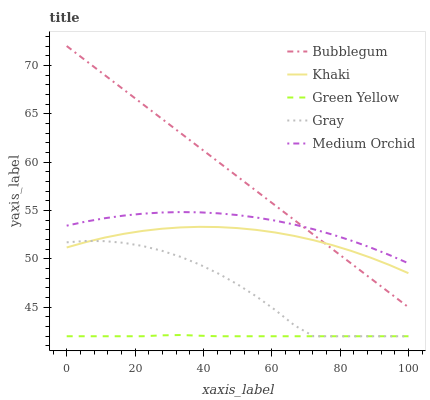
| xaxis_label | Bubblegum | Khaki | Green Yellow | Gray | Medium Orchid |
 | --- | --- | --- | --- | --- | --- |
 | 0 | 72 | 51.2 | 42 | 51.7 | 53.4 |
 | 5.56 | 70.5 | 51.7 | 42 | 51.8 | 53.9 |
 | 11.1 | 69 | 52.2 | 42 | 51.8 | 54.2 |
 | 16.7 | 67.5 | 52.6 | 42 | 51.7 | 54.5 |
 | 22.2 | 66 | 52.9 | 42 | 51.3 | 54.7 |
 | 27.8 | 64.5 | 53.1 | 42.1 | 50.8 | 54.8 |
 | 33.3 | 63 | 53.3 | 42.1 | 50.2 | 54.8 |
 | 38.9 | 61.5 | 53.3 | 42.1 | 49.4 | 54.8 |
 | 44.4 | 60 | 53.3 | 42 | 48.5 | 54.7 |
 | 50 | 58.5 | 53.2 | 42 | 47.4 | 54.5 |
 | 55.6 | 57 | 53 | 42 | 46.1 | 54.3 |
 | 61.1 | 55.5 | 52.7 | 42 | 44.7 | 53.9 |
 | 66.7 | 54 | 52.4 | 42 | 43.1 | 53.5 |
 | 72.2 | 52.5 | 51.9 | 42 | 42 | 53.1 |
 | 77.8 | 51 | 51.4 | 42 | 42 | 52.5 |
 | 83.3 | 49.5 | 50.8 | 42 | 42 | 51.9 |
 | 88.9 | 48 | 50.1 | 42 | 42 | 51.2 |
 | 94.4 | 46.5 | 49.4 | 42 | 42 | 50.4 |
 | 100 | 45 | 48.5 | 42 | 42 | 49.5 |